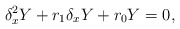
\begin{align*}\delta_x^2Y+r_1\delta_xY+r_0Y=0,\end{align*}